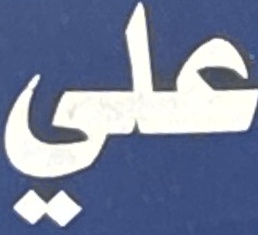
علي